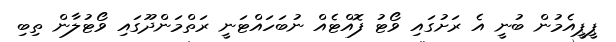
ޕީޕީއެމުން ބުނީ އެ ރަށުގައި ވޯޓު ފޮއްޓެއް ނުބަހައްޓަނީ ރަތްމަންދޫގައި ވޯޓުލާން ތިބި